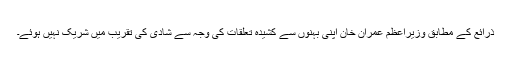
ذرائع کے مطابق وزیراعظم عمران خان اپنی بہنوں سے کشیدہ تعلقات کی وجہ سے شادی کی تقریب میں شریک نہیں ہوئے۔